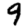
Digit: 9